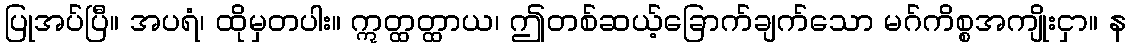
ပြုအပ်ပြီ။ အပရံ၊ ထိုမှတပါး။ ဣတ္ထတ္ထာယ၊ ဤတစ်ဆယ့်ခြောက်ချက်သော မဂ်ကိစ္စအကျိုးငှာ။ န